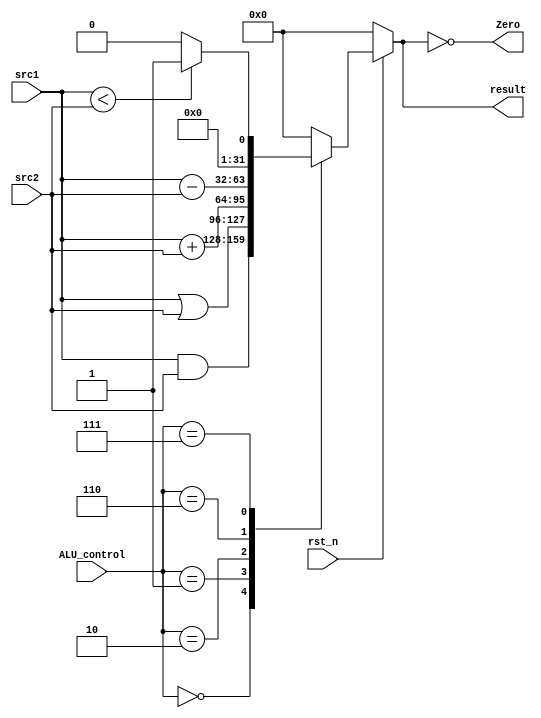
/***************************************************
Student Name:_
Student ID: group10_0711099_0810749
***************************************************/
   `timescale 1ns/1ps

   module alu(
       input                   rst_n,         // negative reset            (input)
       input signed [32-1:0]   src1,          // 32 bits source 1          (input)
       input signed [32-1:0]   src2,          // 32 bits source 2          (input)
       input        [ 4-1:0]   ALU_control,   // 4 bits ALU control input  (input)
       output reg   [32-1:0]   result,        // 32 bits result            (output)
       output                  Zero          // 1 bit when the output is 0, zero must be set (output)
   );

   /* Write your code HERE */
       always@(*)begin
           if(rst_n) begin
                case(ALU_control)
                    4'b0000: begin // and
                        result <= src1 & src2;
                    end
                    4'b0001: begin // or
                        result <= src1 | src2;
                    end
                    4'b0010: begin // add
                        result <= src1 + src2;
                    end
                    4'b0110: begin // sub
                        result <= src1 - src2;
                    end
                    4'b0111: begin // slt
                        result <= (src1<src2)? 32'b1 : 32'b0;
                    end
		    default: begin
			result <= 32'b0 ;
		    end
                endcase
           end
           else begin
               result <= 32'b0;
           end
       end
       assign Zero = !result;
   endmodule